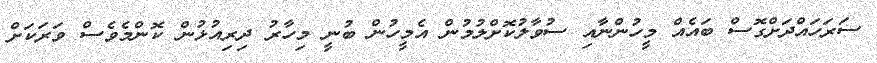
ސަރަހައްދަށްގޮސް ބައެއް މީހުންނާއި ސުވާލުކޮށްލުމުން އެމީހުން ބުނީ މިހާރު ދިރިއުޅުން ކޮންމެވެސް ވަރަކަށް